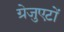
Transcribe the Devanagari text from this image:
ग्रेजुएटों